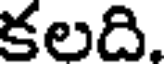
కలది.